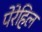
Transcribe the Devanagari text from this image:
पेरेहिल